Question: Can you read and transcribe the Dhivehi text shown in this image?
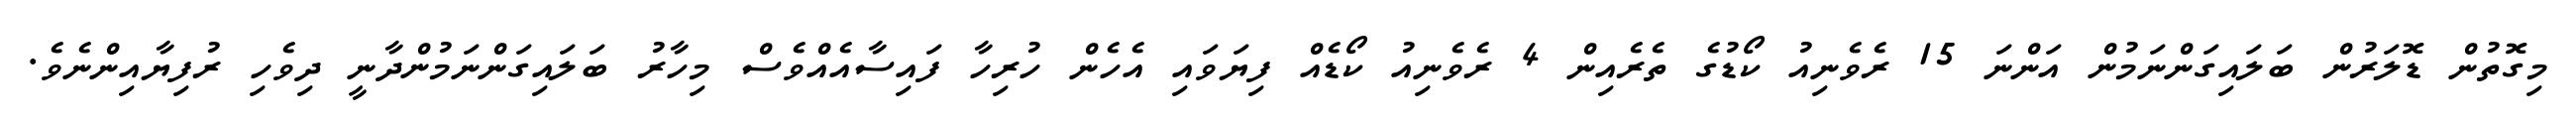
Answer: މިގޮތުން ޑޮލަރުން ބަލައިގަންނަމުން އަންނަ 15 ރެވެނިއު ކޯޑުގެ ތެރެއިން 4 ރެވެނިއު ކޯޑެއް ފިޔަވައި އެހެން ހުރިހާ ފައިސާއެއްވެސް މިހާރު ބަލައިގަންނަމުންދާނީ ދިވެހި ރުފިޔާއިންނެވެ.